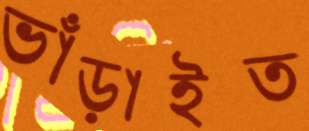
ভাঁড়াইত